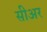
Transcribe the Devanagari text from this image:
सीअर